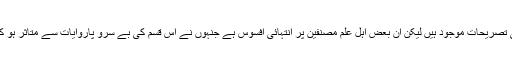
جیسا کہ تفسیر کبیر وغیرہ میں جابجا اس کی تصریحات موجود ہیں لیکن ان بعض اہل علم مصنفین پر انتہائی افسوس ہے جنہوں نے اس قسم کی بے سرو پاروایات سے متاثر ہو کر عصمت انبیاء علیہم السلام کا انکار کر دیا۔